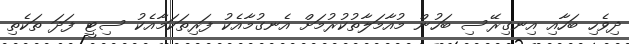
ދިވެހި ބަހާއި އިނގިރޭސި ބަހުން މުއާމަލާތުކުރުމަށް އެނގުމާއެކު ފަރިތަކަމާއެކު ސިޓީ ފަދަ ތަކެތި